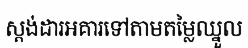
ស្តង់ដារអគារទៅតាមតម្លៃឈ្នួល